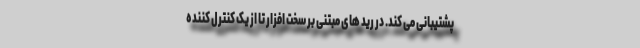
پشتیبانی می کند. در رید های مبتنی بر سخت افزار تا از یک کنترل کننده